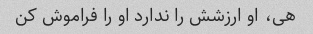
هی، او ارزشش را ندارد او را فراموش کن